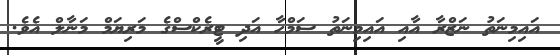
އައިމިނަތު ނަޒްރާ އާއި އައިމިނަތު ސަމްހާ އަދި ޓީރެކްސްގެ މަރިޔަމް މަނާލް އެވެ.